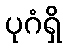
ပုဂံရှိ